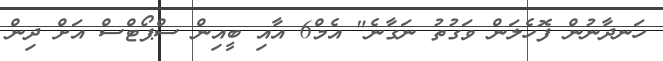
ހަނދާނުން ފޮހެލަން ވަގުތު ނަގާނެ" އެމް6 އާއި ބީއިން ސްޕޯޓްސް އަށް ދިން